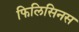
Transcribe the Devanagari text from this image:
फिलिसिनस